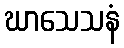
ဃာသေသနံ